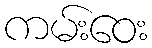
ကမ်းဝေး